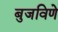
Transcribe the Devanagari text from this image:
बुजविणे